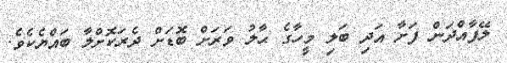
ލޭފާއްދަން ފަށާ އަދި ބަލި މީހާގެ ޙާލު ވަރަށް ބޮޑަށް ދެރަކޮށްލާ ބައްޔެކެވެ.